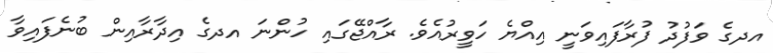
އދގެ ވަފުދު ފުރާފައިވަނީ އިއްޔެ ހަވީރުއެވެ. ރާއްޖޭގައި ހުންނަ އދގެ އިދާރާއިން ބުނެފައިވާ